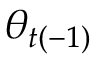
\theta _ { t ( - 1 ) }